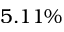
5 . 1 1 \%